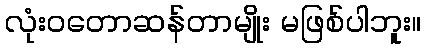
လုံးဝတောဆန်တာမျိုး မဖြစ်ပါဘူး။